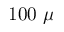
1 0 0 \ \mu